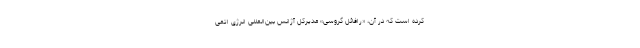
کرده است که در آن، «رافائل گروسی» مدیرکل آژانس بین‌المللی انرژی اتمی